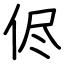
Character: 侭